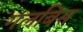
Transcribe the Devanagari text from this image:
गलबिस